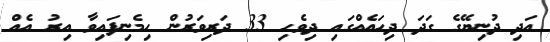
އަދި ދުނިޔޭގެ ގަދަ ދިހައެއްގައި ދިވެހި 33 ދަރިވަރުން ހިމެނިފައިވާ އިރު އެއް